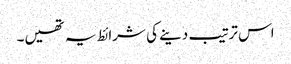
اس ترتیب دینے کی شرائط یہ تھیں۔